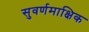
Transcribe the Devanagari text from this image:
सुवर्णमाक्षिक